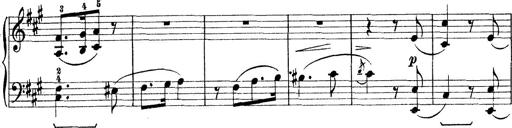
Title: Rapsodie: 19 ungheresi, 1 spagnuola
Composer: Franz Liszt